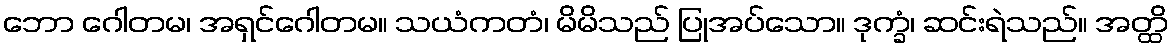
ဘော ဂေါတမ၊ အရှင်ဂေါတမ။ သယံကတံ၊ မိမိသည် ပြုအပ်သော။ ဒုက္ခံ၊ ဆင်းရဲသည်။ အတ္ထိ